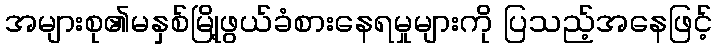
အများစု၏မနှစ်မြို့ဖွယ်ခံစားနေရမှုများကို ပြသည့်အနေဖြင့်